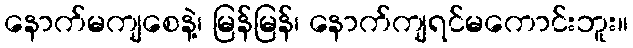
နောက်မကျစေနဲ့၊ မြန်မြန်၊ နောက်ကျရင်မကောင်းဘူး။